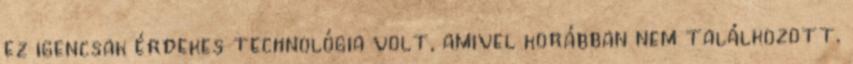
ez igencsak érdekes technológia volt, amivel korábban nem találkozott.